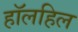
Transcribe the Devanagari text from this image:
हॉलहिल